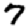
Digit: 7